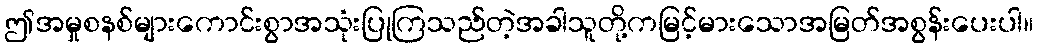
ဤအမှုစနစ်များကောင်းစွာအသုံးပြုကြသည်တဲ့အခါသူတို့ကမြင့်မားသောအမြတ်အစွန်းပေးပါ။